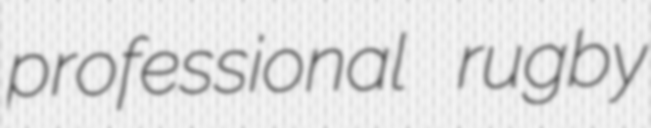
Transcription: professional rugby